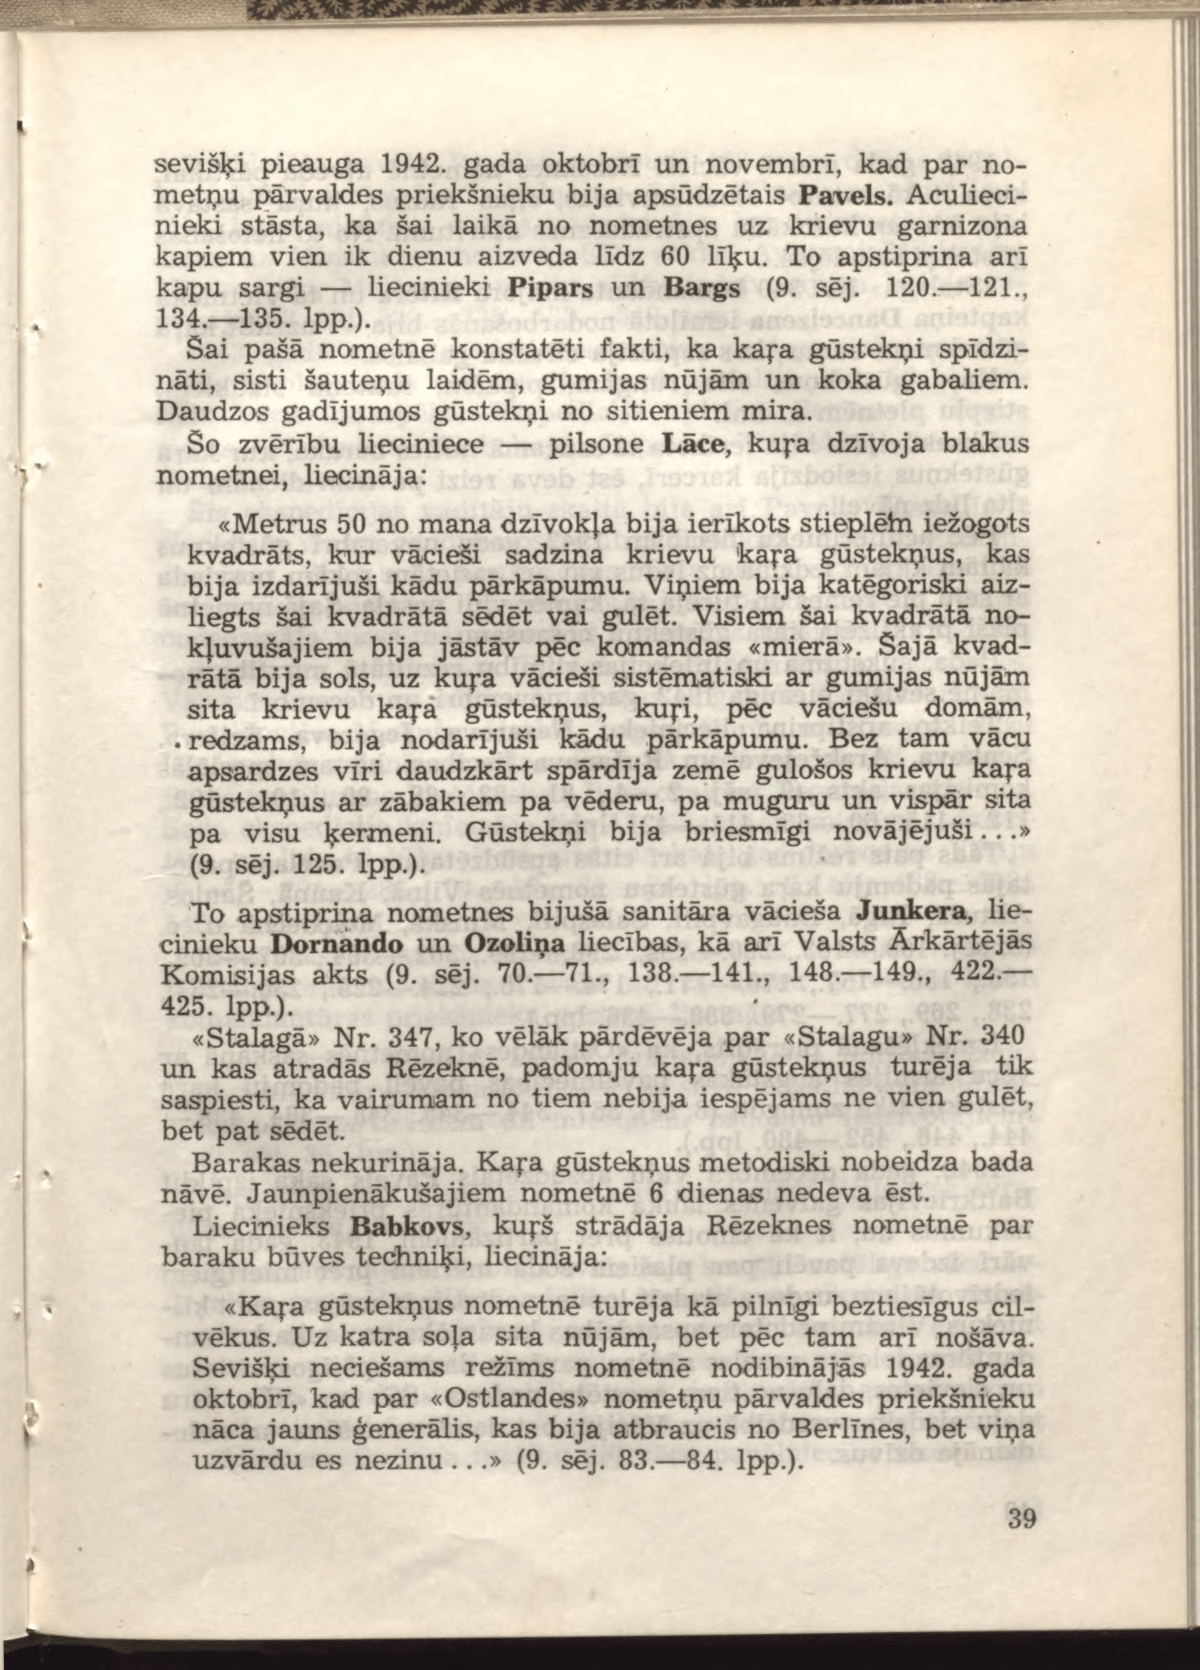
Language: lv